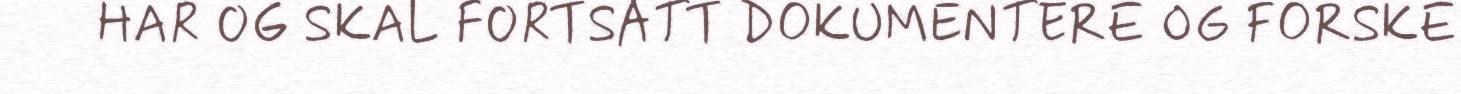
HAR OG SKAL FORTSATT DOKUMENTERE OG FORSKE